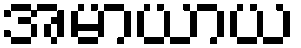
အမာယာယ